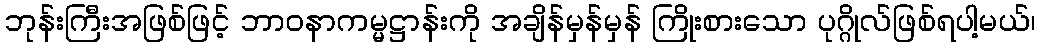
ဘုန်းကြီးအဖြစ်ဖြင့် ဘာဝနာကမ္မဋ္ဌာန်းကို အချိန်မှန်မှန် ကြိုးစားသော ပုဂ္ဂိုလ်ဖြစ်ရပါ့မယ်၊